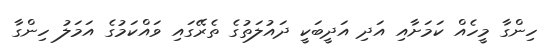
ހިންގާ މީހެއް ކަމަށާއި އަދި އަދީބަކީ ދައުލަތުގެ ތެރޭގައި ވައްކަމުގެ އަމަލު ހިންގާ